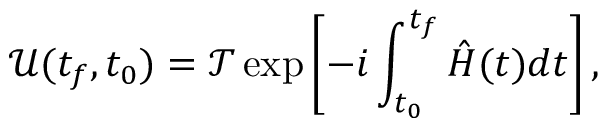
\mathcal { U } ( t _ { f } , t _ { 0 } ) = \mathcal { T } \exp \left[ - i \int _ { t _ { 0 } } ^ { t _ { f } } \hat { H } ( t ) d t \right] ,